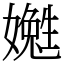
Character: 嬔